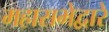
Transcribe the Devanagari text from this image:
महासभेद्वारे